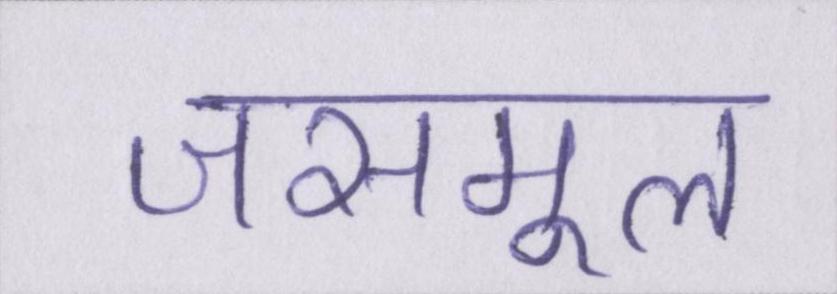
जसमूल